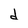
Character: d